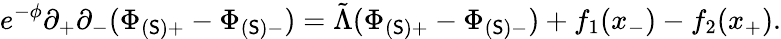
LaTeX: e^{-\phi}\partial_{+}\partial_{-}(\Phi_{(\mathsf{S})+}-\Phi_{(\mathsf{S})-})=\tilde{{\Lambda}}(\Phi_{(\mathsf{S})+}-\Phi_{(\mathsf{S})-})+f_{1}(x_{-})-f_{2}(x_{+}).